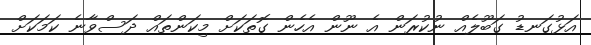
އަޅުގަނޑު ގަބޫލެއް ނުކުރަން އެ ނޫން އެހެން ގޮތަކަށް މިކަންތައް ދަސްވާނެ ކަމަކަށް